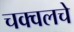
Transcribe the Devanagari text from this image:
चक्वलचे